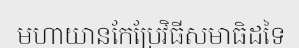
មហាយានកែប្រែវិធីសមាធិដទៃ